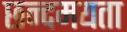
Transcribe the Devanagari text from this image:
छन्दमयता